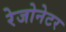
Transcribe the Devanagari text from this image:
रेजोनेटर